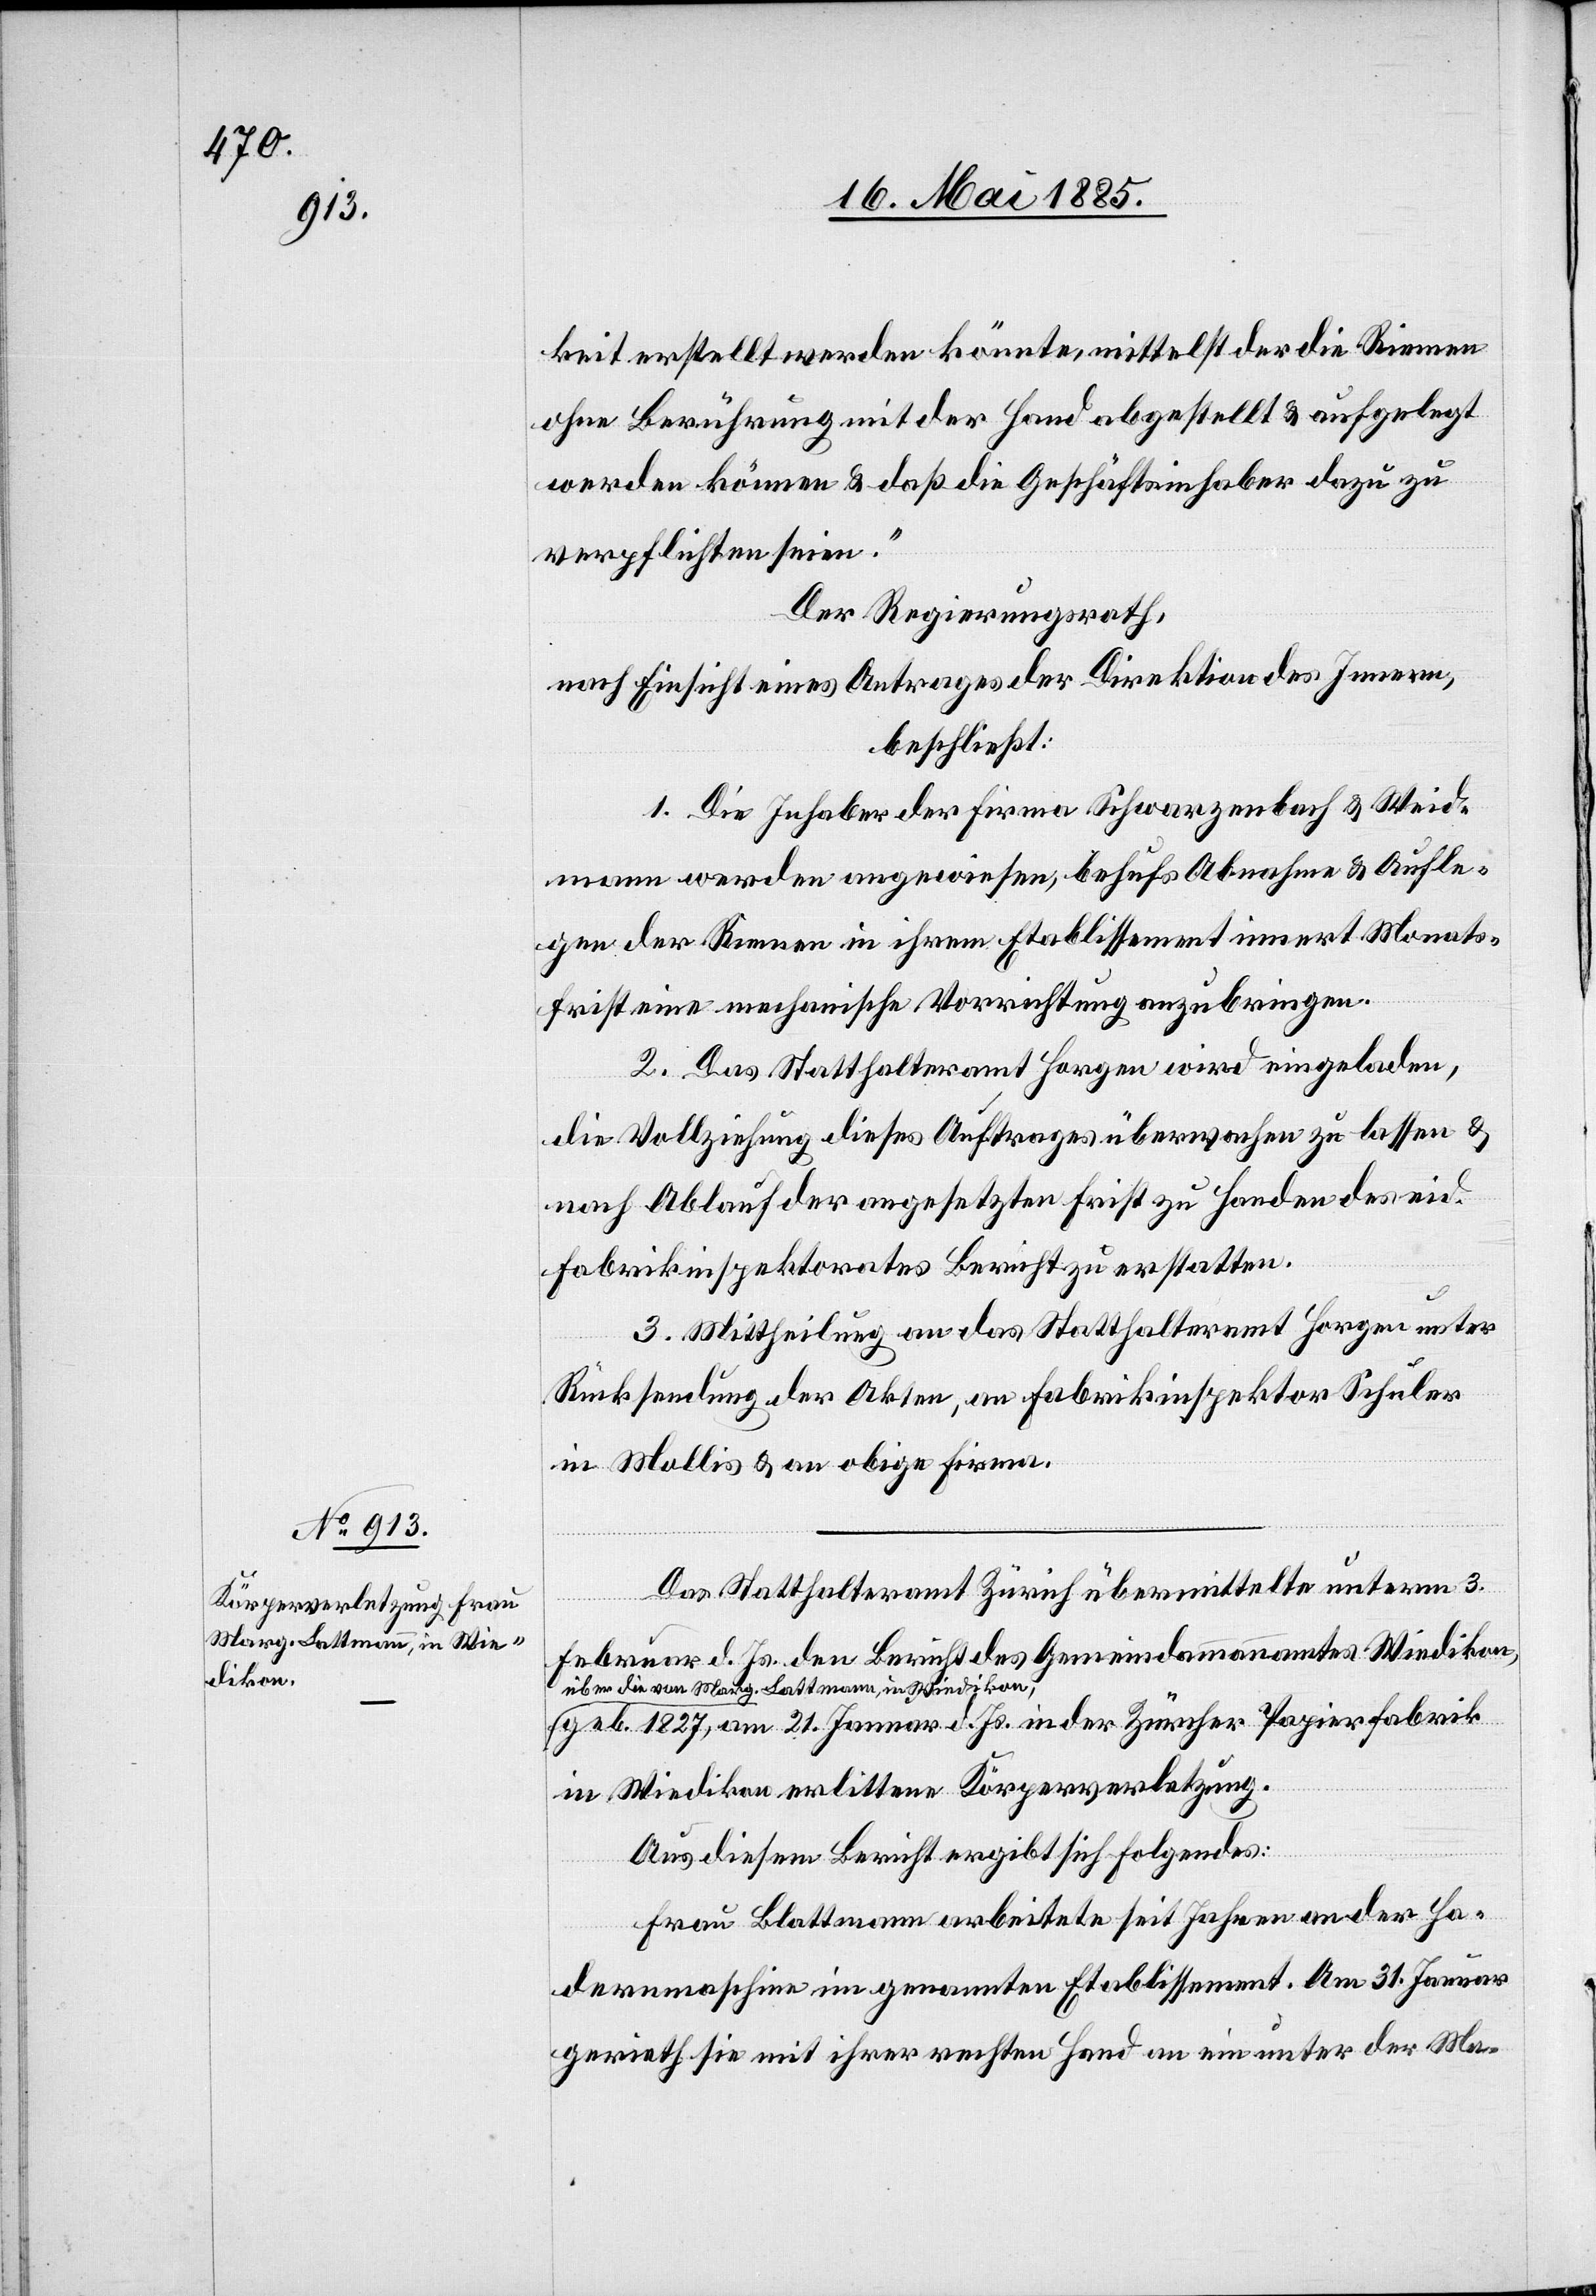
keit erstellt werden könnte, mittelst der die Riemen
ohne Berührung mit der Hand abgestellt & aufgelegt
werden können & daß die Geschäftsinhaber dazu zu
verpflichten seien.“
Der Regierungsrath,
nach Einsicht eines Antrages der Direktion des Innern,
beschließt:
1. Die Inhaber der Firma Schwarzenbach & Weid¬
mann werden angewiesen, behufs Abnahme & Aufle¬
gen der Riemen in ihrem Etablissement innert Monats¬
frist eine mechanische Vorrichtung anzubringen.
2. Das Statthalteramt Horgen wird eingeladen,
die Vollziehung dieses Auftrages überwachen zu lassen &
nach Ablauf der angesetzten Frist zu Handen des eid.
Fabrikinspektorates Bericht zu erstatten.
3. Mittheilung an das Statthalteramt Horgen unter
Rücksendung der Akten, an Fabrikinspektor Schuler
in Mollis & an obige Firma.
Das Statthalteramt Zürich übermittelte unterm 3.
Februar d. Js. den Bericht des Gemeindeammannamtes Wiedikon,
über die von Marg. Lattmann, in Wiedikon,
geb. 1827, am 21. Januar d. Js. in der Zürcher Papierfabrik
in Wiedikon erlittene Körperverletzung.
Aus diesem Bericht ergibt sich folgendes:
Frau Blattmann [sic!] arbeitete seit Jahren an der Ha¬
dernmaschine im genannten Etablissement. Am 31. Januar
gerieth sie mit ihrer rechten Hand an ein unter der Ma-